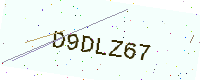
Text: D9DLZ67